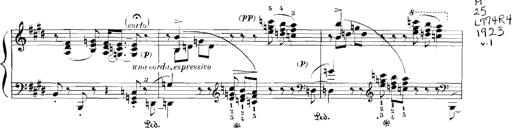
Title: Rhapsodies hongroises
Composer: Franz Liszt